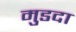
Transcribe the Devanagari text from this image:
मुडदा